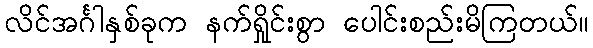
လိင်အင်္ဂါနှစ်ခုက နက်ရှိုင်းစွာ ပေါင်းစည်းမိကြတယ်။